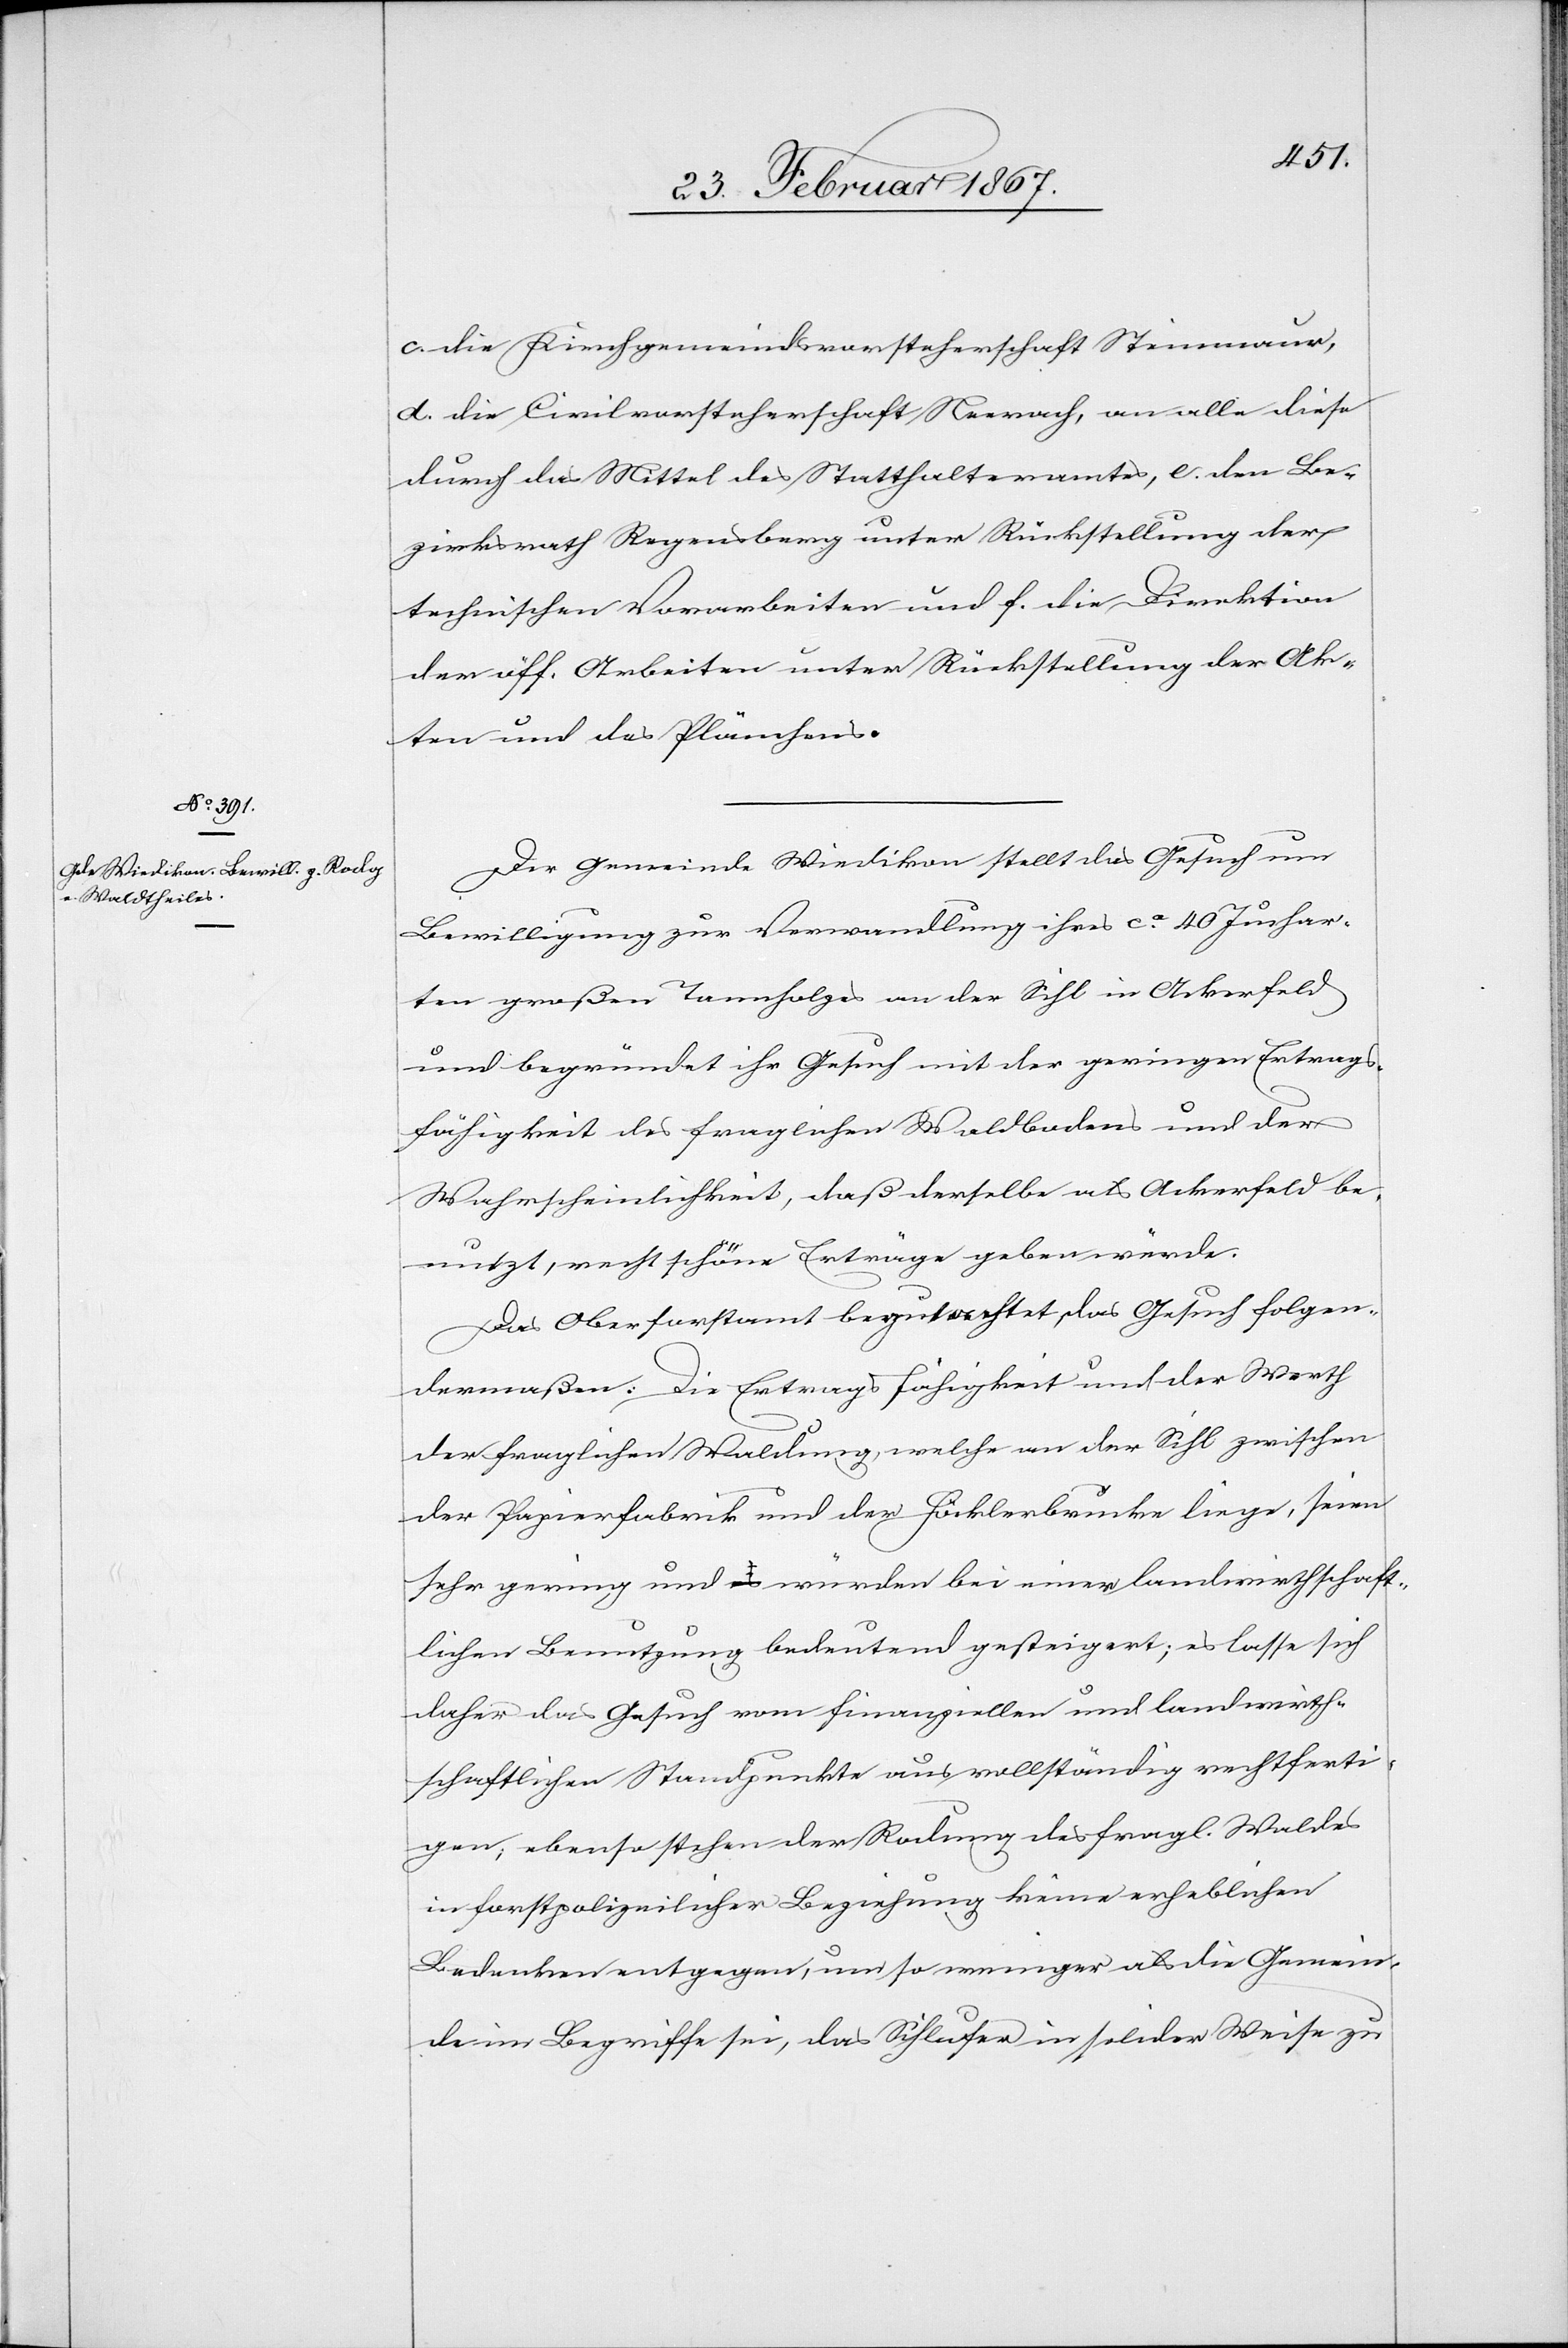
c. die Kirchgemeindsvorsteherschaft Steinmaur,
d. die Civilvorsteherschaft Neerach, an alle diese
durch das Mittel des Statthalteramtes, e. den Be¬
zirksrath Regensberg unter Rückstellung der
technischen Vorarbeiten und f. die Direktion
der öff. Arbeiten unter Rückstellung der Ak¬
ten und des Plänchens.
Die Gemeinde Wiedikon stellt das Gesuch um
Bewilligung zur Verwandlung ihres ca. 40 Juchar¬
ten großen Tannholzes an der Sihl in Ackerfeld
und begründet ihr Gesuch mit der geringen Ertrags¬
fähigkeit des fraglichen Waldbodens und der
Wahrscheinlichkeit, daß derselbe als Ackerfeld be¬
nutzt, recht schöne Erträge geben würde.
Das Oberforstamt begutachtet das Gesuch folgen¬
dermaßen: Die Ertragsfähigkeit und der Werth
der fraglichen Waldung, welche an der Sihl zwischen
der Papierfabrik und der Höcklerbrücke liege, seien
sehr gering und würden bei einer landwirthschaft¬
lichen Benutzung bedeutend gesteigert; es lasse sich
daher das Gesuch vom finanziellen und landwirth¬
schaftlichen Standpunkte aus vollständig rechtferti¬
gen; ebenso stehen der Rodung des fragl. Waldes
in forstpolizeilicher Beziehung keine erheblichen
Bedenken entgegen, um so weniger als die Gemein¬
de im Begriffe sei, das Sihlufer in solider Weise zu